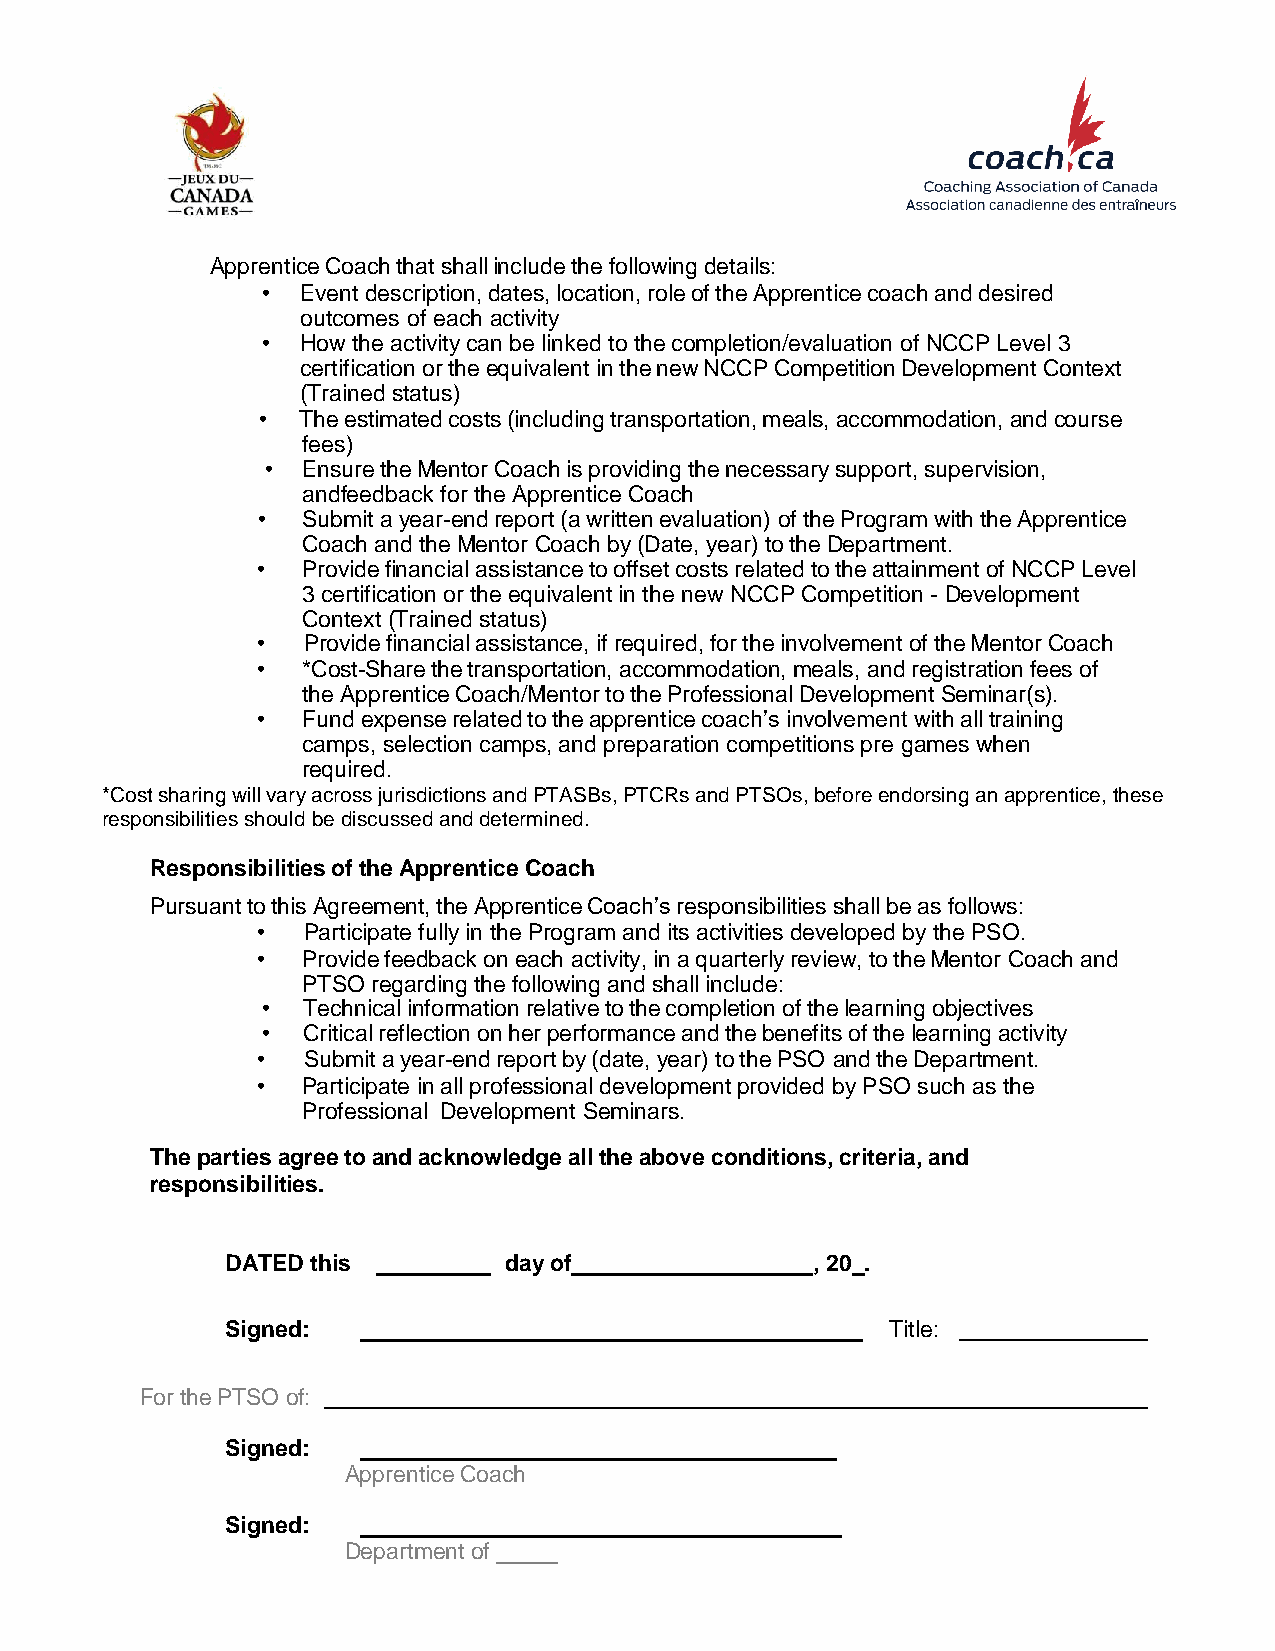
Apprentice Coach that shall include the following details:
 •  Event description, dates, location, role of the Apprentice coach and desired
 outcomes of each activity
 •  How the activity can be linked to the completion/evaluation of NCCP Level 3
 certification or the equivalent in the new NCCP Competition Development Context
 (Trained status)
 •  The estimated costs (including transportation, meals, accommodation, and course
 fees)
 • Ensure the Mentor Coach is providing the necessary support, supervision,
 and feedback for the Apprentice Coach
 •  Submit a year-end report (a written evaluation) of the Program with the Apprentice
 Coach and the Mentor Coach by (Date, year) to the Department.
 •  Provide financial assistance to offset costs related to the attainment of NCCP Level
 3 certification or the equivalent in the new NCCP Competition - Development
 Context (Trained status)
 •  Provide financial assistance, if required, for the involvement of the Mentor Coach
 •  *Cost-Share the transportation, accommodation, meals, and registration fees of
 the Apprentice Coach/Mentor to the Professional Development Seminar(s).
 •  Fund expense related to the apprentice coach’s involvement with all training
 camps, selection camps, and preparation competitions pre games when
 required.
 *Cost sharing will vary across jurisdictions and PTASBs, PTCRs and PTSOs, before endorsing an apprentice, these
 responsibilities should be discussed and determined.
 Responsibilities of the Apprentice Coach
 Pursuant to this Agreement, the Apprentice Coach’s responsibilities shall be as follows:
 •  Participate fully in the Program and its activities developed by the PSO.
 •  Provide feedback on each activity, in a quarterly review, to the Mentor Coach and
 PTSO regarding the following and shall include:
 •  Technical information relative to the completion of the learning objectives
 •  Critical reflection on her performance and the benefits of the learning activity
 •  Submit a year-end report by (date, year) to the PSO and the Department.
 •  Participate in all professional development provided by PSO such as the
 Professional Development Seminars.
 The parties agree to and acknowledge all the above conditions, criteria, and
 responsibilities.
 DATED this        day of               , 20 .
 Signed:                                     Title:
 For the PTSO of:
 Signed:
 Apprentice Coach
 Signed:
 Department of